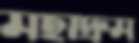
মহাদ্রুম